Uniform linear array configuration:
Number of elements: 16
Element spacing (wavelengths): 1
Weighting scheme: binomial
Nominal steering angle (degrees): -45
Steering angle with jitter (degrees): -46.684
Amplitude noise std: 0.05
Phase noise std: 0.05

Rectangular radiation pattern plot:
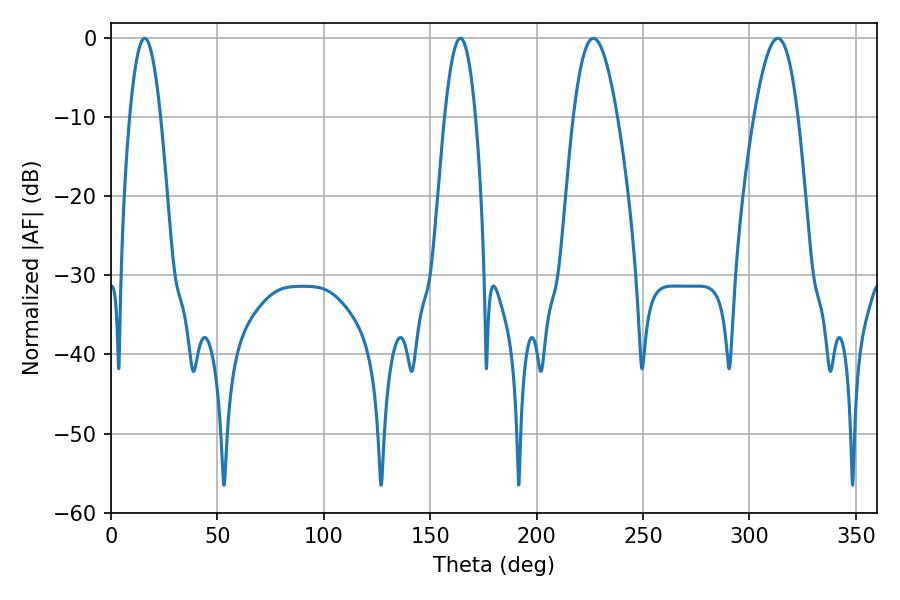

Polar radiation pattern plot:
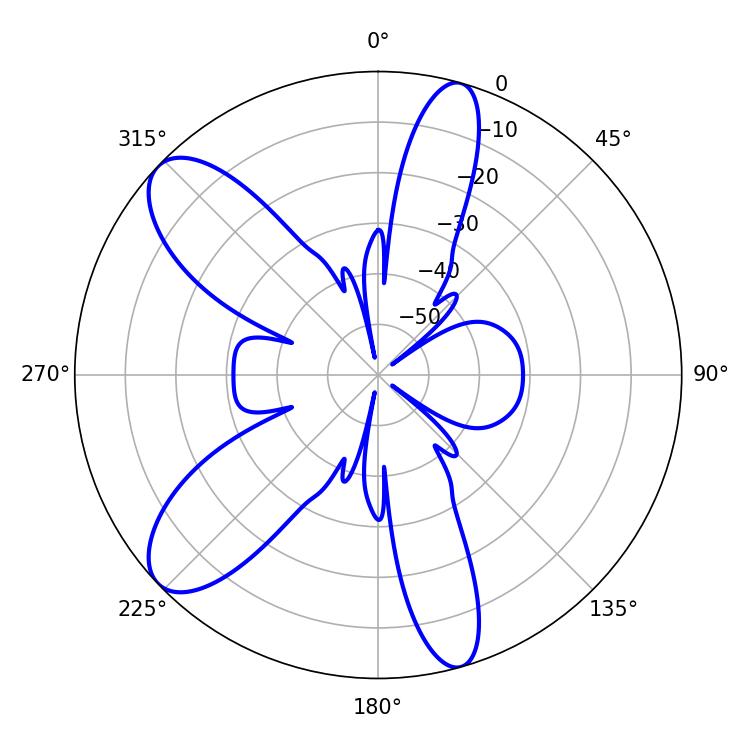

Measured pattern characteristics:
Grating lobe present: TRUE
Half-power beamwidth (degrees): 7.92
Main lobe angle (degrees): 15.84